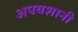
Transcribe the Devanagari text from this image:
अपयशानी